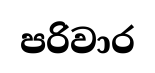
පරිවාර